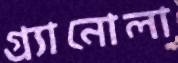
গ্র্যানোলা